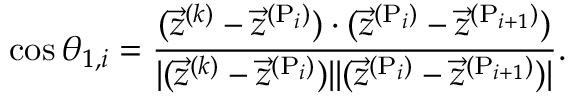
\cos \theta _ { 1 , i } = \frac { ( \vec { z } ^ { ( k ) } - \vec { z } ^ { ( \mathrm { P } _ { i } ) } ) \cdot ( \vec { z } ^ { ( \mathrm { P } _ { i } ) } - \vec { z } ^ { ( \mathrm { P } _ { i + 1 } ) } ) } { | ( \vec { z } ^ { ( k ) } - \vec { z } ^ { ( \mathrm { P } _ { i } ) } ) | | ( \vec { z } ^ { ( \mathrm { P } _ { i } ) } - \vec { z } ^ { ( \mathrm { P } _ { i + 1 } ) } ) | } .